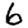
Digit: 6